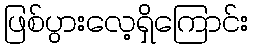
ဖြစ်ပွားလေ့ရှိကြောင်း